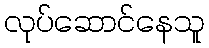
လုပ်ဆောင်နေသူ